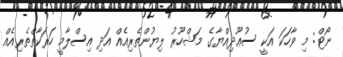
ނޯޓް: މި ވާހަކަ އަކީ ސުޢޫދިއްޔާގެ މަޝްހޫރު ލިޔުންތެރިއެއް އަދި އިސްލާމީ ހަރަކާތްތެރިއެއް